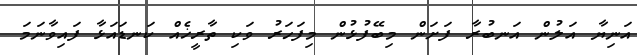
އަނިޔާ އަލުން އަނބުރާ ފަށަން މިބޭފުޅުން މިފަހަރު ވަކި ތާރީޚެއް ކަނޑައަޅާ ފައިވާނަމަ